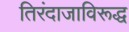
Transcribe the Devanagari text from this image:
तिरंदाजाविरूद्ध